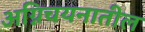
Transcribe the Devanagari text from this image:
अग्निचयनातील